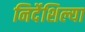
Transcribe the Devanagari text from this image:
निर्देशिल्या